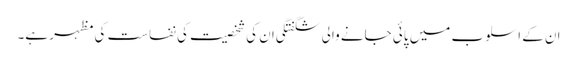
ان کے اسلوب میں پائی جانے والی شگفتگی ان کی شخصیت کی نفاست کی مظہر ہے۔